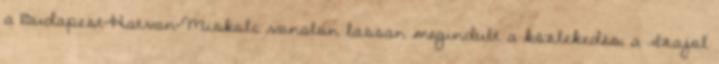
a Budapest-Hatvan-Miskolc vonalon lassan megindult a közlekedés, a Szajol